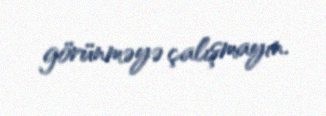
görünməyə çalışmayın.